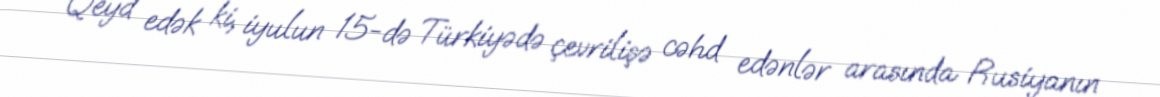
Qeyd edək ki, iyulun 15-də Türkiyədə çevrilişə cəhd edənlər arasında Rusiyanın